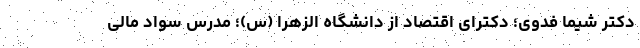
دکتر شیما فدوی؛ دکترای اقتصاد از دانشگاه الزهرا (س)؛ مدرس سواد مالی